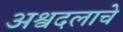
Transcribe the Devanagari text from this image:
अश्वदलाचे